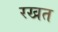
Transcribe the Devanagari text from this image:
रखत